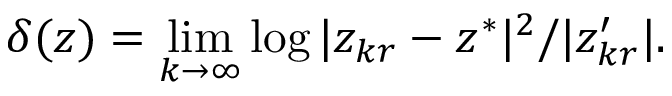
\delta ( z ) = \operatorname* { l i m } _ { k \to \infty } \log | z _ { k r } - z ^ { * } | ^ { 2 } / | z _ { k r } ^ { \prime } | .